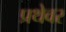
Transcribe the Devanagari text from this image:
प्रथेवर